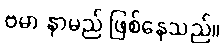
ဗမာ နာမည် ဖြစ်နေသည်။